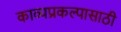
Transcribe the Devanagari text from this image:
काव्यप्रकल्पासाठी